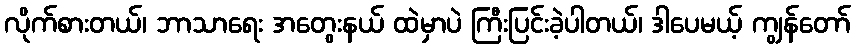
လိုက်စားတယ်၊ ဘာသာရေး အတွေးနယ် ထဲမှာပဲ ကြီးပြင်းခဲ့ပါတယ်၊ ဒါပေမယ့် ကျွန်တော်